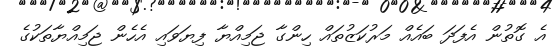
އެ ގޮތުން އެފަދަ ބައެއް މަރުކަޒުތައް ހިންގާ ޖަމިއްޔާ ފިޔަވައި އެހެން ޖަމިއްޔާތަކުގެ